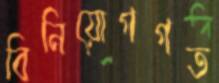
বিনিয়োগগত